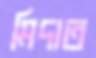
মিদাত